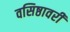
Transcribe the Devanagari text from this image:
वसिष्ठावरी